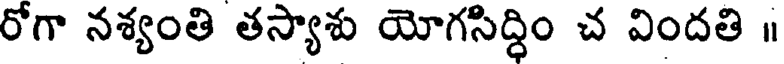
రోగా నశ్యంతి తస్యాశు యోగసిద్ధిం చ విందతి ॥